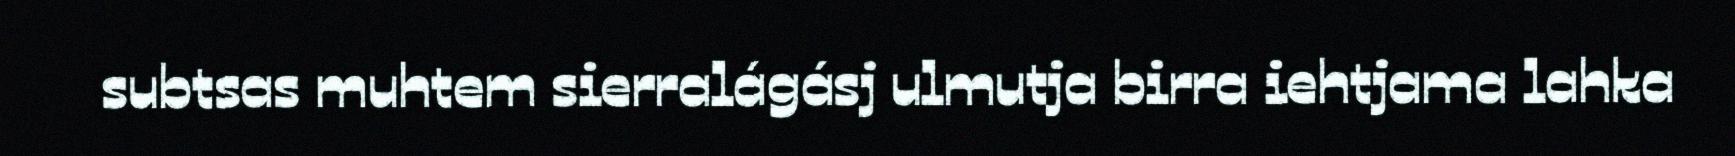
subtsas muhtem sierralágásj ulmutja birra iehtjama lahka